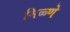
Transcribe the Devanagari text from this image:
मिळ्णे